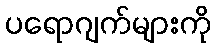
ပရောဂျက်များကို